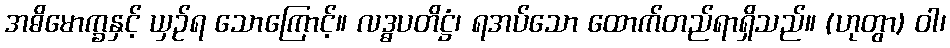
အဓိမောက္ခနှင့် ယှဉ်ရ သောကြောင့်။ လဒ္ဓပတိဋ္ဌံ၊ ရအပ်သော ထောက်တည်ရာရှိသည်။ (ဟုတွာ) ဝါ၊